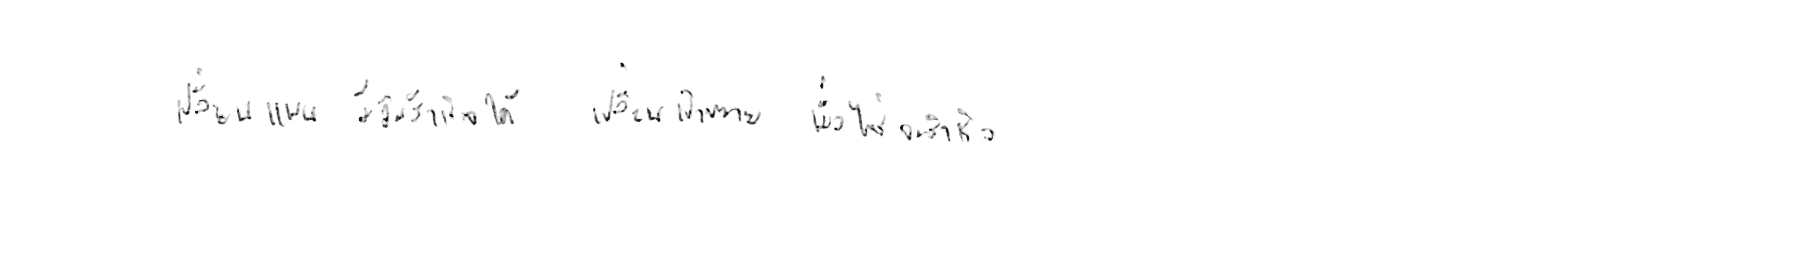
เปลี่ยนแผน มีวันสำเร็จได้ เปลี่ยนเป้าหมาย เมื่อไหร่จะสำเร็จ